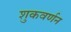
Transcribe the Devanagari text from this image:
शुकवर्णन